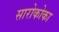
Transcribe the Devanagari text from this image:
सारोकोका